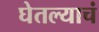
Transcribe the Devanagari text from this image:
घेतल्याचं